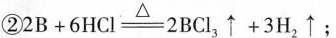
②$$2 B + 6 H C l \xlongequal [ ] { △ } 2 B C l _ { 3 } \uparrow + 3 H _ { 2 } \uparrow$$；